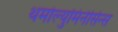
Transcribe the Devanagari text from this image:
थर्मोल्युमिनेसिन्स